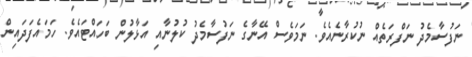
ނަފުސާމެދު ނަފްރަތެއް ނުކުރާނެއެވެ. ނަމަވެސް އޭނާގެ ނަފުސާމެދު ކުލުނާއި އަޅާލުން ބަހައްޓައެވެ. ހަމައެފަދައިން